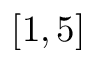
[ 1 , 5 ]